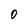
Character: O